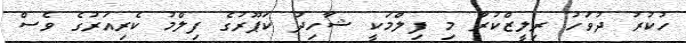
ހުކުރު ދުވަހު ރިލީޒްކުރާ މި ފިލްމަކީ ޝާހިދު ކަޕޫރުގެ ފިލްމު ކެރިއަރުގެ ވެސް